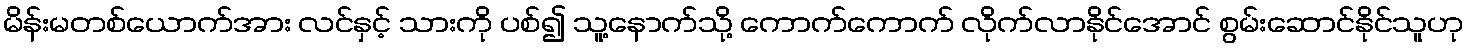
မိန်းမတစ်ယောက်အား လင်နှင့် သားကို ပစ်၍ သူ့နောက်သို့ ကောက်ကောက် လိုက်လာနိုင်အောင် စွမ်းဆောင်နိုင်သူဟု